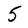
Character: 5